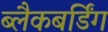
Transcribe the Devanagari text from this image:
ब्लैकबर्डिंग